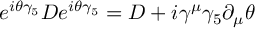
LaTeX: e ^ { i \theta \gamma _ { 5 } } D e ^ { i \theta \gamma _ { 5 } } = D + i \gamma ^ { \mu } \gamma _ { 5 } \partial _ { \mu } \theta